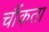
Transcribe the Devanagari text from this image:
चौंकता